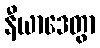
နီယာဒေတွာ